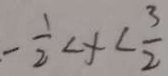
- \frac { 1 } { 2 } < x < \frac { 3 } { 2 }